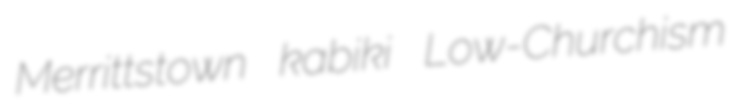
Merrittstown kabiki Low-Churchism